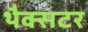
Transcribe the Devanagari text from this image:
थैक्सटर